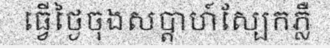
ធ្វើថ្ងៃចុងសប្តាហ៍ស្បែកភ្លឺ